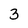
Character: 3